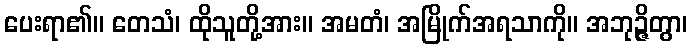
ပေးရာ၏။ တေသံ၊ ထိုသူတို့အား။ အမတံ၊ အမြိုက်အရသာကို။ အဘုဉ္ဇိတွာ၊